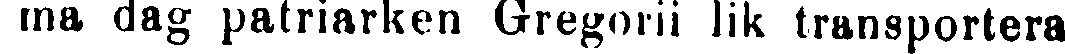
ma dag patriarken Gregorii lik transportera-